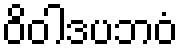
ဝိဝါဒပဘဝံ